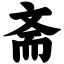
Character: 斋